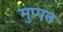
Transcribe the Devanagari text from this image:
मुप्पन